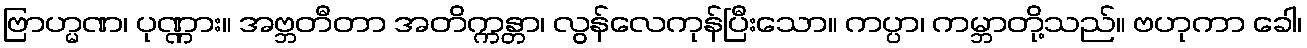
ဗြာဟ္မဏ၊ ပုဏ္ဏား။ အဗ္ဘတီတာ အတိက္ကန္တာ၊ လွန်လေကုန်ပြီးသော။ ကပ္ပာ၊ ကမ္ဘာတို့သည်။ ဗဟုကာ ခေါ၊